画像に写った文字を読んでください
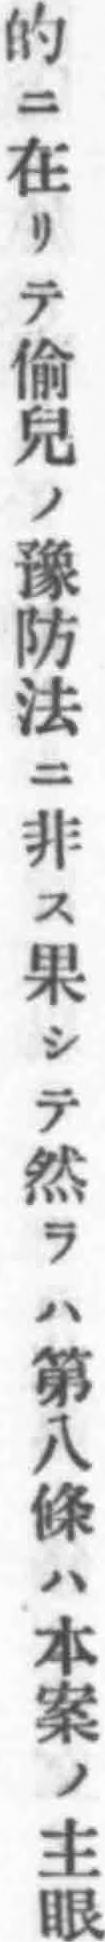
「的ニ在リテ偂兒ノ豫防法ニ非ス果シテ然ラハ第八條ハ本案ノ主眼」と書いてあります